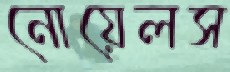
নোয়েলস